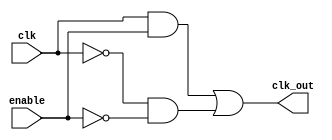
module clk_gating (
    input wire clk,      // Primary clock input
    input wire enable,   // Enable signal for clock gating
    output wire clk_out  // Gated clock output
);

// Internal wires for the nMOS and pMOS signals
wire nmos_out, pmos_out;

// Implementing the clock gating logic
assign nmos_out = clk & enable;       // nMOS: passes clk when enable is high
assign pmos_out = ~clk & ~enable;     // pMOS: passes inverted clk when enable is low

// Combining the outputs using OR logic to create the gated clock output
assign clk_out = nmos_out | pmos_out;

endmodule